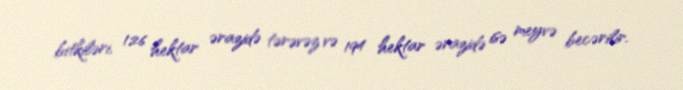
bitkiləri, 126 hektar ərazidə tərəvəz və 194 hektar ərazidə isə meyvə becərilir.